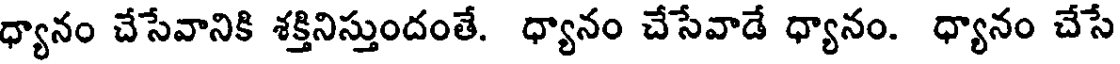
ధ్యానం చేసేవానికి శక్తినిస్తుందంతే. ధ్యానం చేసేవాడే ధ్యానం. ధ్యానం చేసే